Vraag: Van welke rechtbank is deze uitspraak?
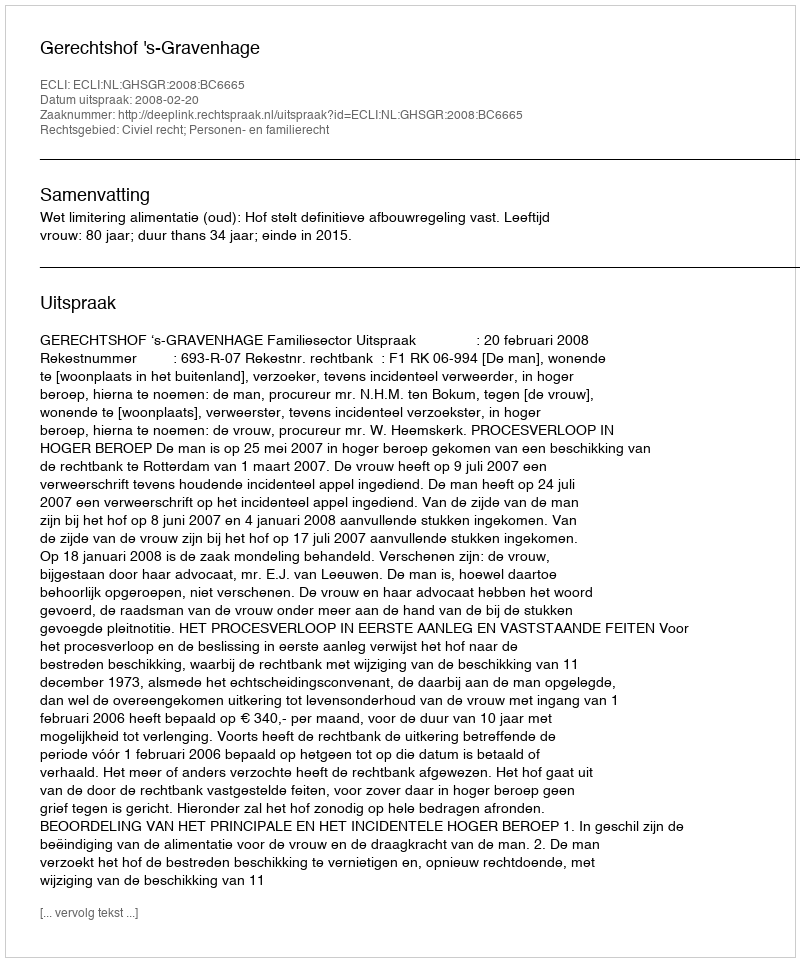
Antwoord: Gerechtshof 's-Gravenhage